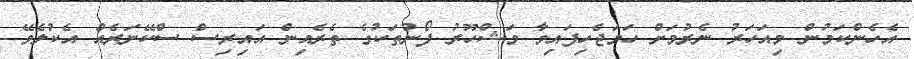
އެހެންކަމުން މިއަހަރު ނެރުމަށް ހަމަޖެހިފައިވާ މަޝްހޫރު ފޯނުތަކުގެ ތެރެއިން އައިރިސް ސްކޭނަރެއް އެކުލެވޭ